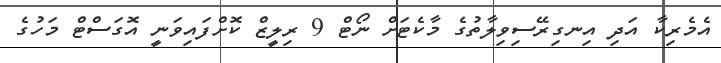
އެމެރިކާ އަދި އިނގިރޭސިވިލާތުގެ މާކެޓަށް ނޯޓް 9 ރިލީޒް ކޮށްފައިވަނީ އޮގަސްޓް މަހުގެ